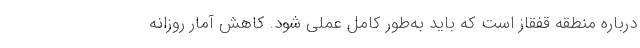
درباره منطقه قفقاز است که باید به‌طور کامل عملی شود. کاهش آمار روزانه